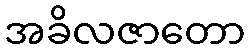
အခိလဇာတော